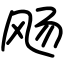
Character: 飏